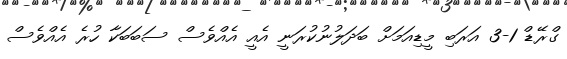
ގްރޭޑް 1-3 އަރަބި މީޑިއަމަށް ބަދަލުނުކުރަނީ އެއީ އެއްވެސް ސަބަބަކާ ހުރެ އެއްވެސް